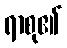
ရာစု၏